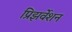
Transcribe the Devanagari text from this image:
प्रिझर्वेशन